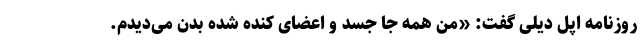
روزنامه اپل دیلی گفت: «من همه جا جسد و اعضای کنده شده بدن می‌دیدم.